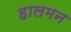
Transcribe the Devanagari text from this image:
हालमन